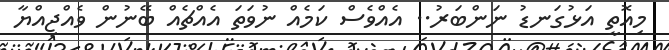
މިއޮތީ އަޅުގަނޑު ނަންބަރު.. އެއްވެސް ކަމެއް ނުވަަތަ އެއްޗެއް ބޭނުން ވެއްޖިއްޔާ